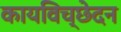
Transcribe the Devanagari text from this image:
कायविच्छेदन